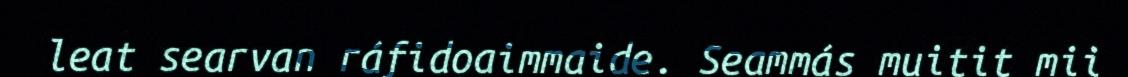
leat searvan ráfidoaimmaide. Seammás muitit mii